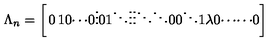
\Lambda _ { n } = \left[ \begin{matrix} { 0 } & { 1 } & { 0 } & { \cdots } & { 0 } \\ { \vdots } & { 0 } & { 1 } & { \ddots } & { \vdots } \\ { \vdots } & { { } } & { \ddots } & { \ddots } & { 0 } \\ { 0 } & { { } } & { { } } & { \ddots } & { 1 } \\ { \lambda } & { 0 } & { \cdots } & { \cdots } & { 0 } \\ \end{matrix} \right]